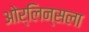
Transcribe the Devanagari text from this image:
ओर्लिन्सला